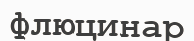
флюцинар